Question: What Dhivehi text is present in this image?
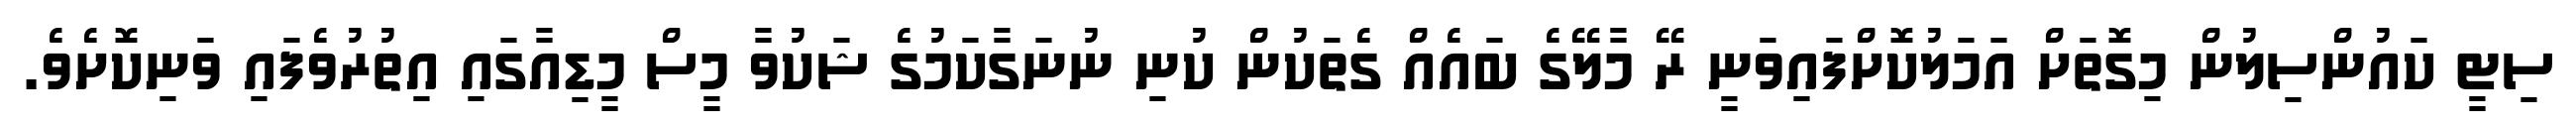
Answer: ސިޓީ ކައުންސިލުން މިގޮތަށް އަމަލުކޮށްފައިވަނީ ރޭ މާލޭގެ ބައެއް ގެތަކުން ކުނި ނުނަގާކަމުގެ ޝަކުވާ މީސް މީޑިއާގައި އިތުރުވެފައި ވަނިކޮށެވެ.